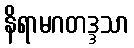
နိရာမဂတဒ္ဒသာ